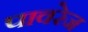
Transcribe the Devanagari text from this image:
पावरेज